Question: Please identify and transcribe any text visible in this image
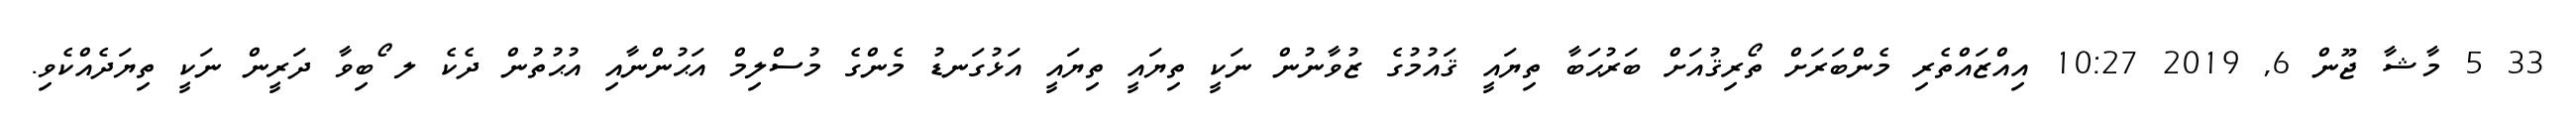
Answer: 33 5 މާޝާ ޖޫން 6, 2019 10:27 އިއްޒައްތެރި މެންބަރަށް ތޯރިޤުއަށް ބަރުޙަބާ ތިޔައީ ޤައުމުގެ ޒުވާނުން ނަކީ ތިޔައީ ތިޔައީ އަޅުގަނޑު މެންގެ މުސްލިމް އަޙުންނާއި އުޙުތުން ދެކެ ލ ޯބިވާ ދަރީން ނަކީ ތިޔަދެއްކެވި.